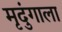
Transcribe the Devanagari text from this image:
मृदुंगाला